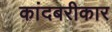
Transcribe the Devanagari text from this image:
कांदबरीकार